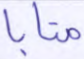
متابا